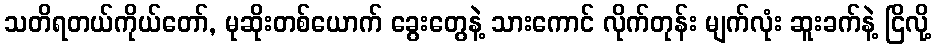
သတိရတယ်ကိုယ်တော်, မုဆိုးတစ်ယောက် ခွေးတွေနဲ့ သားကောင် လိုက်တုန်း မျက်လုံး ဆူးခက်နဲ့ ငြိလို့